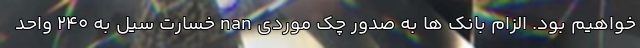
خواهیم بود. الزام بانک ها به صدور چک موردی nan خسارت سیل به ۲۴۰ واحد